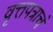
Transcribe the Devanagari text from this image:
वृत्तपत्राचं